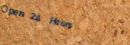
Open 24 Hours